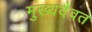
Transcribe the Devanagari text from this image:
मुख्यदैवत